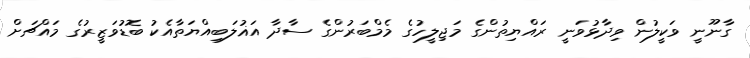
ގާނޫނީ ވަކީލުން ވިދާޅުވަނީ ރައްޔިތުންގެ މަޖިލީހުގެ މެމްބަރުންގެ ސާދާ އަޣުލަބިއްޔަތާއެކު ބޮޑުވަޒީރުގެ މައްޗަށް